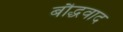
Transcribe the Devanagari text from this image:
बौद्धवाद